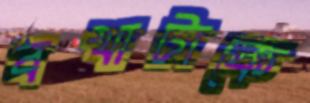
বখাটাকে